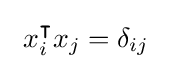
\ x_{i}^{\intercal }x_{j}=\delta _{ij}\